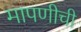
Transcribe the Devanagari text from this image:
मापणीची